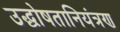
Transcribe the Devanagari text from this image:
उद्घोषतानियंत्रण